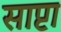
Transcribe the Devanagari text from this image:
साप्टा